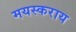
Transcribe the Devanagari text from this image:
मयस्कराय